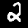
Digit: 2